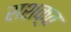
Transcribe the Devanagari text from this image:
सशक़्त